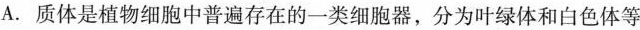
A.质体是植物细胞中普遍存在的一类细胞器，分为叶绿体和白色体等